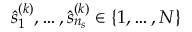
\hat { s } _ { 1 } ^ { ( k ) } , \ldots , \hat { s } _ { n _ { s } } ^ { ( k ) } \in \{ 1 , \ldots , N \}